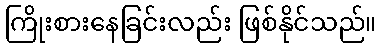
ကြိုးစားနေခြင်းလည်း ဖြစ်နိုင်သည်။